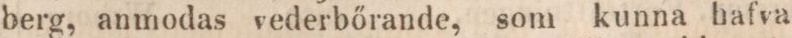
berg, anmodas vederbőrande, som kunna hafva